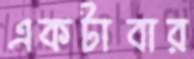
একটাবার